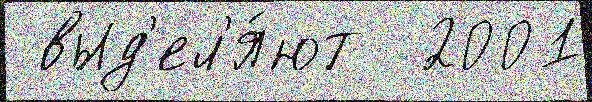
 выд'ел'я́ют  2001